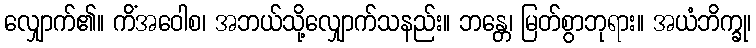
လျှောက်၏။ ကိံအဝေါစ၊ အဘယ်သို့လျှောက်သနည်း။ ဘန္တေ၊ မြတ်စွာဘုရား။ အယံဘိက္ခု၊